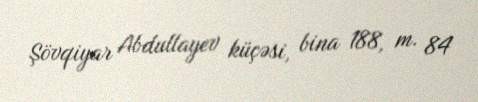
Şövqiyar Abdullayev küçəsi, bina 188, m. 84